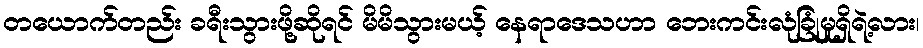
တယောက်တည်း ခရီးသွားဖို့ဆိုရင် မိမိသွားမယ့် နေရာဒေသဟာ ဘေးကင်းလုံခြုံမှုရှိရဲ့လား၊